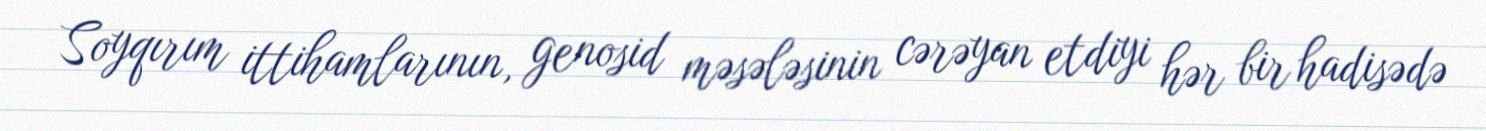
Soyqırım ittihamlarının, genosid məsələsinin cərəyan etdiyi hər bir hadisədə